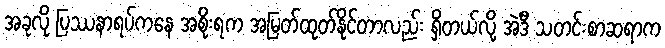
အခုလို ပြဿနာရပ်ကနေ အစိုးရက အမြတ်ထုတ်နိုင်တာလည်း ရှိတယ်လို့ အဲဒီ သတင်းစာဆရာက